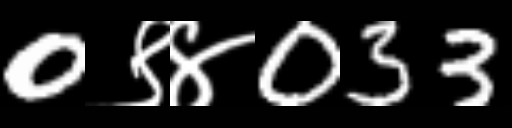
Text: 0९४033